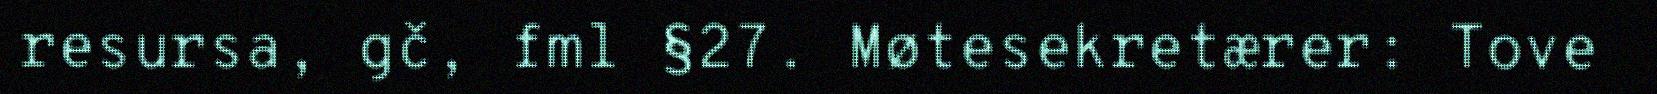
resursa, gč, fml §27. Møtesekretærer: Tove